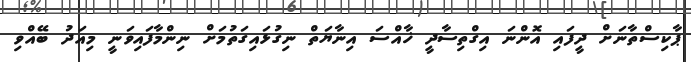
ޕާކިސްތާނަށް ދީފައި އޮންނަ އިގްތިސާދީ ޚާއްސަ އިނާޔަތް ނިގުޅައިގަތުމަށް ނިންމާފައިވަނީ މިއަދު ބޭއްވި